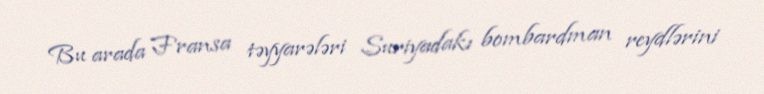
Bu arada Fransa təyyarələri Suriyadakı bombardman reydlərini